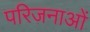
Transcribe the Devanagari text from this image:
परिजनाओं